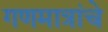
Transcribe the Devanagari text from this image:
गणमात्रांचे